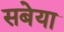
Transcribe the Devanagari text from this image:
सबेया